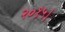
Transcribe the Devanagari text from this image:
२०१५।